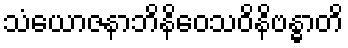
သံယောဇနာဘိနိဝေသဝိနိဗန္ဓာတိ